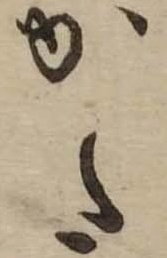
かた